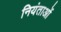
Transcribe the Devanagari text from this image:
नियंताओं